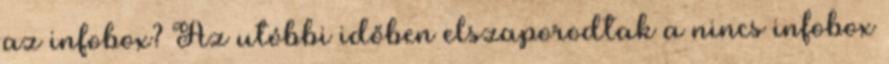
az infobox? Az utóbbi időben elszaporodtak a nincs infobox